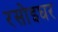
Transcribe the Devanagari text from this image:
रसोइघर